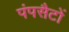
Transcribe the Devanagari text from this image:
पंपसैटों